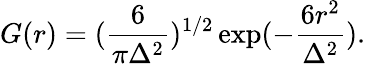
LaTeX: G(r)=(\frac{6}{\pi\Delta^{2}})^{1/2}\exp(-\frac{6r^{2}}{\Delta^{2}}).